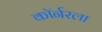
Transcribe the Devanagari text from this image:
काॅर्नरला